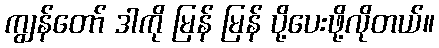
ကျွန်တော် ဒါကို မြန် မြန် ပို့ပေးဖို့လိုတယ်။